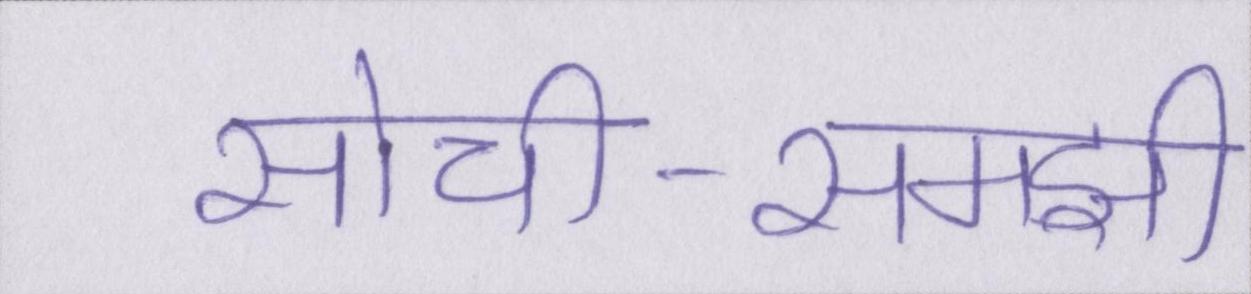
सोची-समझी